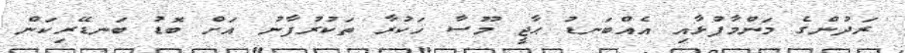
ރަދުންގެ މަންމާފުޅާއި އެއްބަނޑު ޙާޖީ މޫސާ ހަކުރާ ތަކުރުފާނު އަށް ބޮޑު ބަނޑޭރިކަން